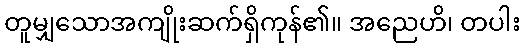
တူမျှသောအကျိုးဆက်ရှိကုန်၏။ အညေဟိ၊ တပါး